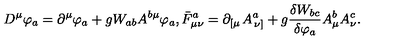
D ^ { \mu } \varphi _ { a } = \partial ^ { \mu } \varphi _ { a } + g W _ { a b } A ^ { b \mu } \varphi _ { a } , \bar { F } _ { \mu \nu } ^ { a } = \partial _ { \left[ \mu \right. } A _ { \left. \nu \right] } ^ { a } + g \frac { \delta W _ { b c } } { \delta \varphi _ { a } } A _ { \mu } ^ { b } A _ { \nu } ^ { c } .